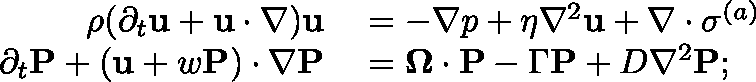
\begin{array} { r l } { \rho ( \partial _ { t } \mathbf { u } + \mathbf { u } \cdot \nabla ) \mathbf { u } } & { { } = - \nabla p + \eta \nabla ^ { 2 } \mathbf { u } + \nabla \cdot \mathbf { \sigma } ^ { ( a ) } } \\ { \partial _ { t } \mathbf { P } + ( \mathbf { u } + w \mathbf { P } ) \cdot \nabla \mathbf { P } } & { { } = \mathbf { \Omega } \cdot \mathbf { P } - \Gamma \mathbf { P } + D \nabla ^ { 2 } \mathbf { P } ; } \end{array}